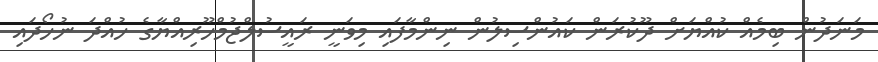
މަނަދުން ބިމެއް ކުއްޔަށް ދޫކުރަން ކައުންސިލުން ނިންމާފައި މިވަނީ ރައީސުލްޖުމްހޫރިއްޔާގެ ހުއްދަ ނުހޯދައި